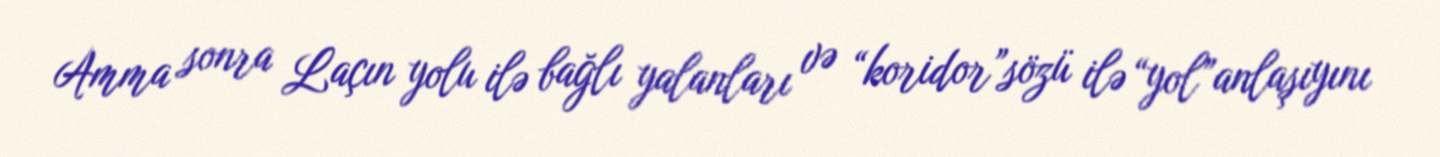
Amma sonra Laçın yolu ilə bağlı yalanları və “koridor”sözü ilə “yol”anlaşıyını